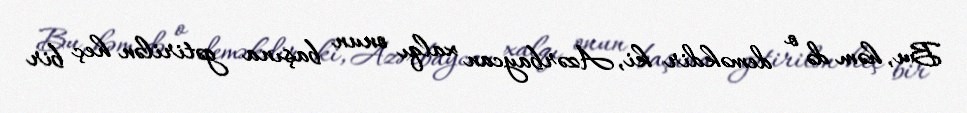
Bu, həm də o deməkdir ki, Azərbaycan xalqı onun başına gətirilən heç bir